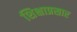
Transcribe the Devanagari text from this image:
शिक्षाप्रसार